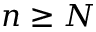
n \geq N